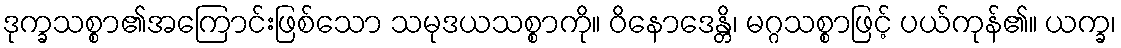
ဒုက္ခသစ္စာ၏အကြောင်းဖြစ်သော သမုဒယသစ္စာကို။ ဝိနောဒေန္တိ၊ မဂ္ဂသစ္စာဖြင့် ပယ်ကုန်၏။ ယက္ခ၊